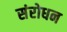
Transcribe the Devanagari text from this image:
संरोधन